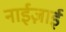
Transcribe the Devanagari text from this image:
नाईज़ाई